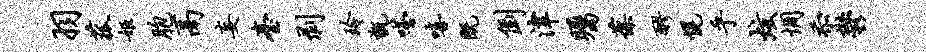
羽菰姬胞鬲妄台剥玲甑嗒嘻既倒津瞩葆醪幌乎炫惆忝郁